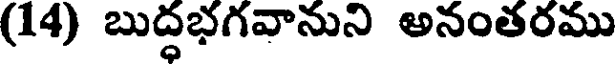
(14) బుద్ధభగవానుని అనంతరము